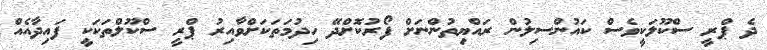
ދެ ޕްރީ ސްކޫލަކީވެސް ކައުންސިލުން ރައްޔިތުންނަށް ފޯރުކޮށްދޭ ހިދުމަތަކަށްވާއިރު ޕްރީ ސްކޫލްތަކަކީ ފައިދާއެއް